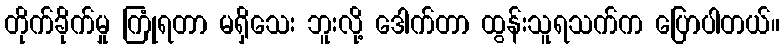
တိုက်ခိုက်မှု ကြုံရတာ မရှိသေး ဘူးလို့ ဒေါက်တာ ထွန်းသူရသက်က ပြောပါတယ်။